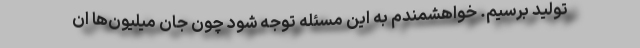
تولید برسیم. خواهشمندم به این مسئله توجه شود چون جان میلیون‌ها ان